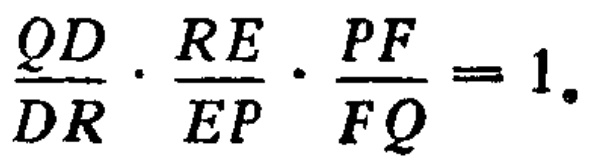
\(\frac{QD}{DR}\cdot\frac{RE}{EP}\cdot\frac{PF}{FQ}=1.\)